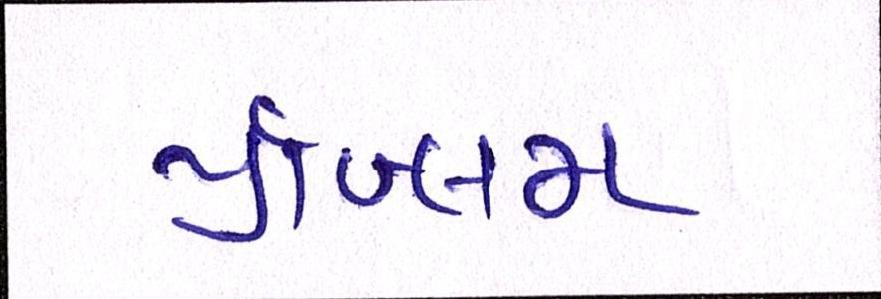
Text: પ્રૉબ્લમ